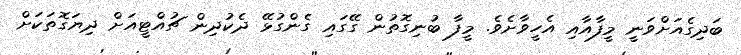
ބަދިގެއަށްވަނީ މީފާއާއި އެހީވާށެވެ. މީފާ ބުނިގޮތުން ގޭގައި ގެންގުޅޭ ދެކުދިން ޗުއްޓީއަށް ދިޔަގޮތަކަށް